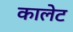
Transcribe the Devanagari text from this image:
कालेट